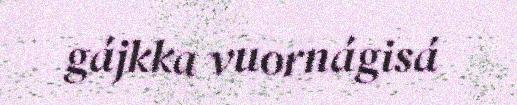
gájkka vuornágisá